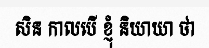
សិន កាលបើ ខ្ញុំ និយាយា ថា